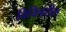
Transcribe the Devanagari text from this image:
विकिवरील